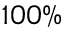
1 0 0 \%